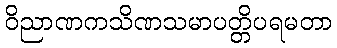
ဝိညာဏကသိဏသမာပတ္တိပရမတာ